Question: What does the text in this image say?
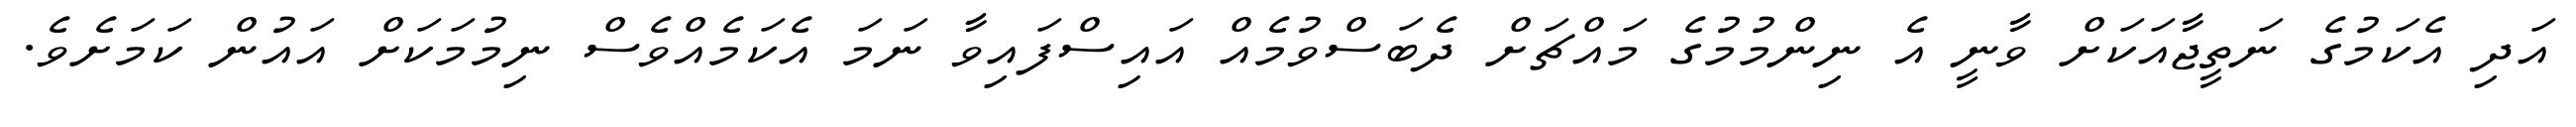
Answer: އަދި އެކަމުގެ ނަތީޖާއަކަށް ވާނީ އެ ނިންމުމުގެ މައްޗަށް ދެބަސްވުމެއް އައިސްފައިވާ ނަމަ އެކަމެއްވެސް ނިމުމަކަށް އައުން ކަމަށެވެ.